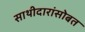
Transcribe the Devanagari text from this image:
साथीदारांसोबत